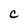
Character: C